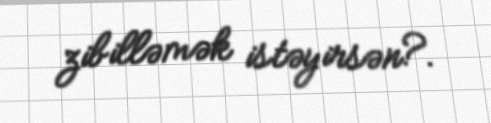
zibilləmək istəyirsən?.